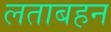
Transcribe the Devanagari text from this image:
लताबहन